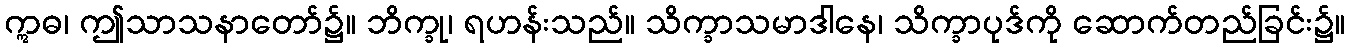
ဣဓ၊ ဤသာသနာတော်၌။ ဘိက္ခု၊ ရဟန်းသည်။ သိက္ခာသမာဒါနေ၊ သိက္ခာပုဒ်ကို ဆောက်တည်ခြင်း၌။